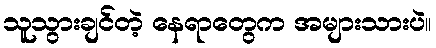
သူသွားချင်တဲ့ နေရာတွေက အများသားပဲ။